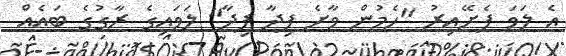
އެ ލަވަ ފެށޭއިރު "ހެމުން ވާށެ ފިދާ ފިދާ" ލަވައިގެ ރާގުގެ ބައެއް